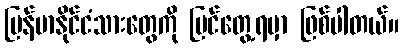
မြန်မာနိုင်ငံသားတွေကို မြင်တွေ့ရမှာ ဖြစ်ပါတယ်။